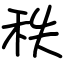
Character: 秩